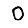
Digit: 0